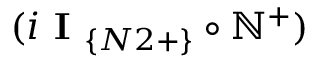
( i \textbf { I } _ { \{ N 2 + \} } \circ \mathbb { N } ^ { + } )